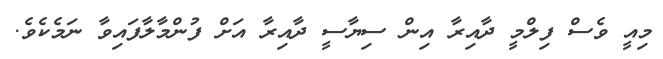
މިއީ ވެސް ފިލްމީ ދާއިރާ އިން ސިޔާސީ ދާއިރާ އަށް ފުންމާލާފައިވާ ނަމެކެވެ.